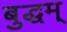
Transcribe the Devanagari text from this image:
बुद्धम्